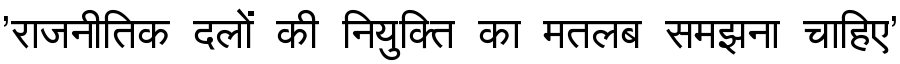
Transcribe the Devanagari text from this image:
'राजनीतिक दलों की नियुक्ति का मतलब समझना चाहिए'